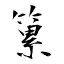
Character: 䉂